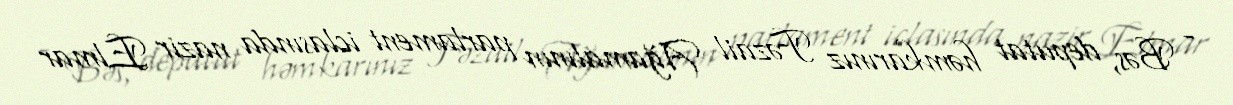
- Bəs, deputat həmkarınız Fəzail Ağamalının parlament iclasında nazir Elmar